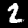
Digit: 2